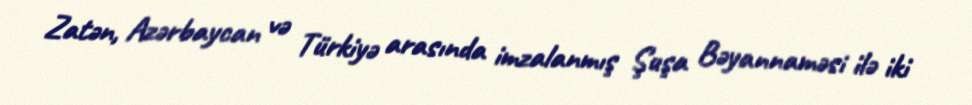
Zatən, Azərbaycan və Türkiyə arasında imzalanmış Şuşa Bəyannaməsi ilə iki